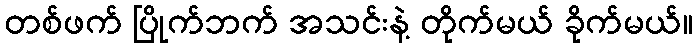
တစ်ဖက် ပြိုက်ဘက် အသင်းနဲ့ တိုက်မယ် ခိုက်မယ်။